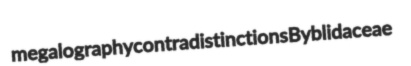
megalography contradistinctions Byblidaceae